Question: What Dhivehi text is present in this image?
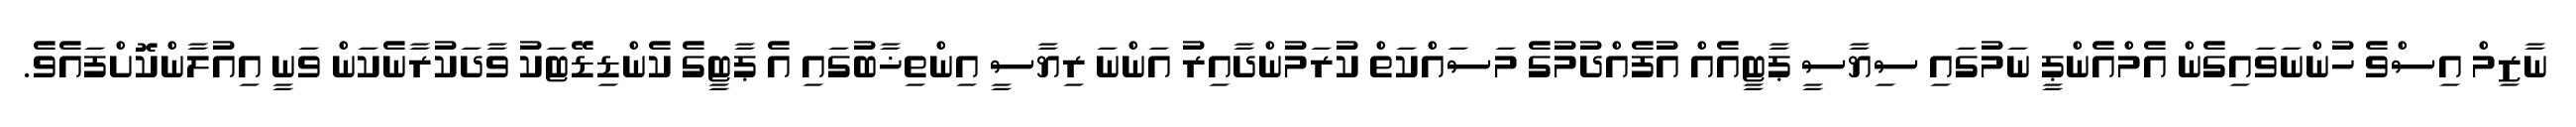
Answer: ނާޒިމް އިސްވެ ހުންނަވައިގެން އެމްއެންޕީ ނަމުގައި ސިޔާސީ ޕާޓީއެއް އުފެއްދުމުގެ މަސައްކަތް ކުރަމުންދާއިރު އަންނަ ރިޔާސީ އިންތިޚާބުގައި އެ ޕާޓީގެ ކެންޑިޑޭޓަކު ވާދަކުރާނެކަން ވަނީ އިއުލާންކޮށްފައެވެ.